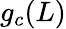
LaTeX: g_{c}(L)